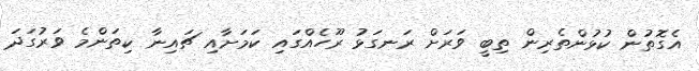
އެގޮތުން ކުޅުންތެރިން ތިބީ ވަރަށް ރަނގަޅު ރޫހެއްގައި ކަމަށާއި ޗައިނާ ކިތަންމެ ވަރުގަދަ